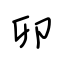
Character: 卯